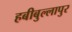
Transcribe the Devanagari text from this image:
हबीबुल्लापुर